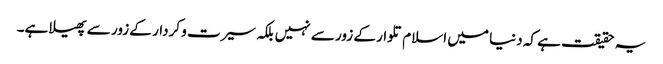
یہ حقیقت ہے کہ دنیا میں اسلام تلوار کے زور سے نہیں بلکہ سیرت و کردار کے زور سے پھیلا ہے۔